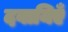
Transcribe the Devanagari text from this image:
दवायिएँ